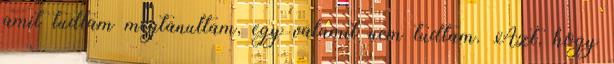
amit tudtam megtanultam, egy valamit nem tudtam. Azt, hogy